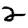
Digit: 2